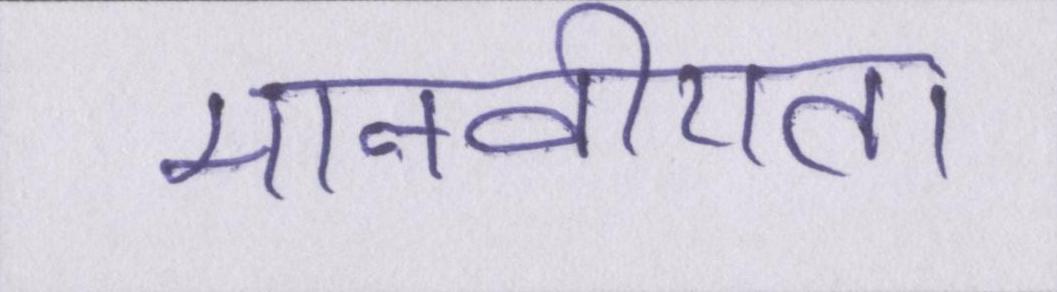
मानवीयता